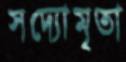
সদ্যোমৃতা